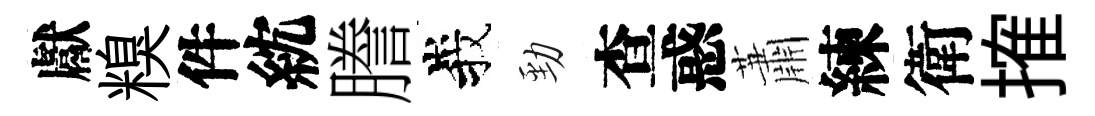
獻糗件紞謄峩勁查惑蕭練衛搉